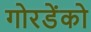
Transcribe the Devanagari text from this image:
गोरडेंको